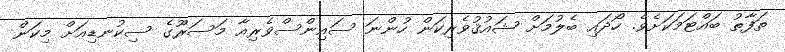
ތަފާތު ބައްޓަމަކަށެވެ. ހޯދައި ބެލުމަށް ޝައުޤުވެރިކަން ހުންނަ ސައިންސްވެރިއާ މަސަރޫގެ ސިކުނޑިއަށް މިކަން